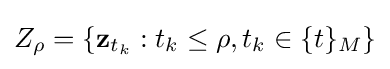
Z_{\rho }=\{\mathbf {z} _{t_{k}}:t_{k}\leq \rho ,t_{k}\in \{t\}_{M}\}